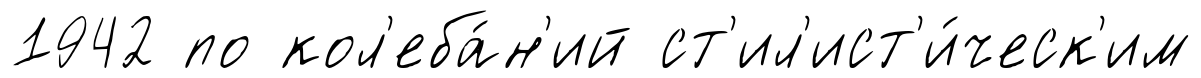
1942 по кол'еба́н'ий ст'ил'ист'и́ческ'им